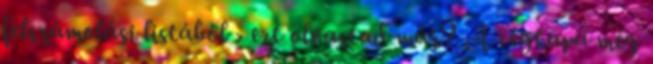
felszámolási listából › ezt olvastad már? A cégkapu még